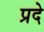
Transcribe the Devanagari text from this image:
प्रदे